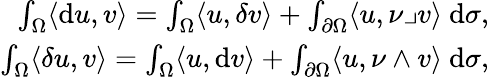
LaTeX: \begin{array}{r}{\int_{\Omega}\langle\mathrm{d}u,v\rangle=\int_{\Omega}\langle u,{\delta}v\rangle+\int_{\partial\Omega}\langle u,\nu\lrcorner v\rangle\mathrm{~d}\sigma\mathrm{,~}}\\ {\int_{\Omega}\langle{\delta}u,v\rangle=\int_{\Omega}\langle u,\mathrm{d}v\rangle+\int_{\partial\Omega}\langle u,\nu\wedge v\rangle\mathrm{~d}\sigma\mathrm{,~}}\end{array}